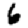
Digit: 6